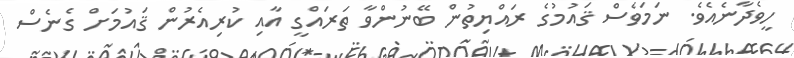
ހީވެދާނެއެވެ. ނަމަވެސް ޤައުމުގެ ރައްޔިތުން ބޭނުންވާ ތަރައްގީ އާއި ކުރިއެރުން ޤައުމަށް ގެނެސް